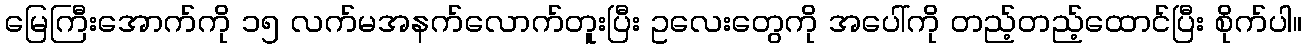
မြေကြီးအောက်ကို ၁၅ လက်မအနက်လောက်တူးပြီး ဥလေးတွေကို အပေါ်ကို တည့်တည့်ထောင်ပြီး စိုက်ပါ။